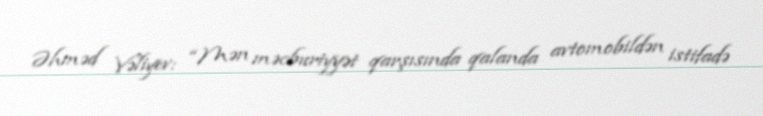
Əhməd Vəliyev: “Mən məcburiyyət qarşısında qalanda avtomobildən istifadə